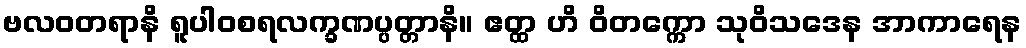
ဗလဝတရာနိ ရူပါဝစရလက္ခဏပ္ပတ္တာနိ။ ဧတ္ထ ဟိ ဝိတက္ကော သုဝိသဒေန အာကာရေန